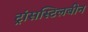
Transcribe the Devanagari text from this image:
ट्रांसस्टिलबीन